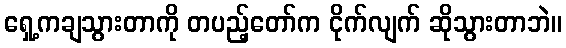
ရှေ့ကချသွားတာကို တပည့်တော်က ငိုက်လျက် ဆိုသွားတာဘဲ။